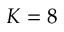
K = 8